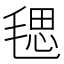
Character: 毸